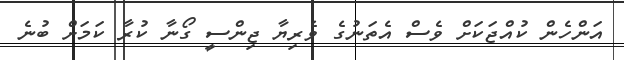
އަންހެން ކުއްޖަކަށް ވެސް އެތަނުގެ ވެރިޔާ ޖިންސީ ގޯނާ ކުރާ ކަމަށް ބުނެ